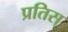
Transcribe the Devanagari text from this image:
प्रतिस्